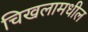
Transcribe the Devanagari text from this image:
चिखलामधील